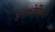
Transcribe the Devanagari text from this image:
इनफ़ोर्मेशन